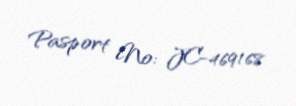
Pasport №: JC-469168